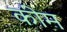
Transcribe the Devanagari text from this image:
कीम